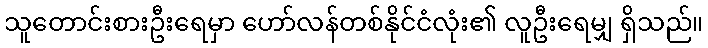
သူတောင်းစားဦးရေမှာ ဟော်လန်တစ်နိုင်ငံလုံး၏ လူဦးရေမျှ ရှိသည်။